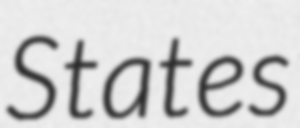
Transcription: States